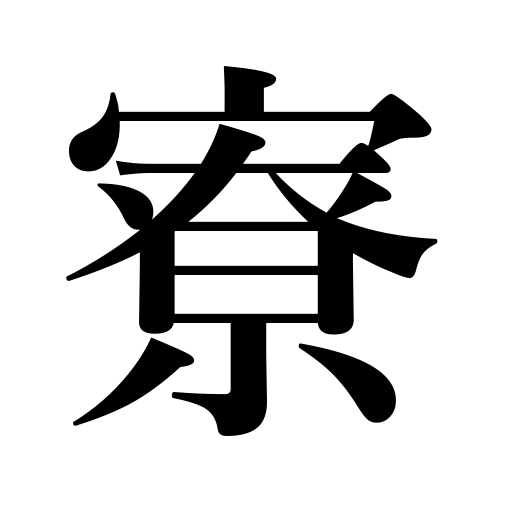
Meanings: villa,dormitory,tea pavilion,hostel